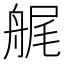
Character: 艉